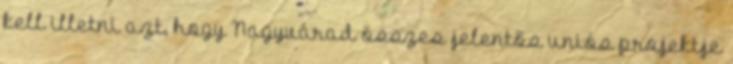
kell illetni azt, hogy Nagyvárad összes jelentős uniós projektje